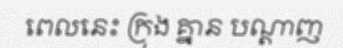
ពេលនេះ ក្រុង គ្នាន បណ្តាញ